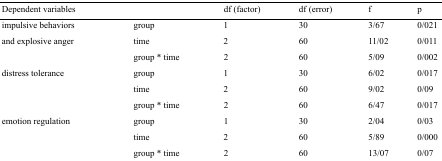
| Dependent variables |  | df (factor) | df (error) | f | p |
 | --- | --- | --- | --- | --- | --- |
 | <ROWSPAN=3> impulsive behaviors and explosive anger | group | 1 | 30 | 3/67 | 0/021 |
 | time | 2 | 60 | 11/02 | 0/011 |
 | group * time | 2 | 60 | 5/09 | 0/002 |
 | <ROWSPAN=3> distress tolerance | group | 1 | 30 | 6/02 | 0/017 |
 | time | 2 | 60 | 9/02 | 0/09 |
 | group * time | 2 | 60 | 6/47 | 0/017 |
 | <ROWSPAN=3> emotion regulation | group | 1 | 30 | 2/04 | 0/03 |
 | time | 2 | 60 | 5/89 | 0/000 |
 | group * time | 2 | 60 | 13/07 | 0/07 |